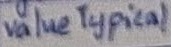
Text: valueTypical